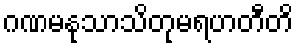
ဂဏမနုသာသိတုမရဟတီတိ